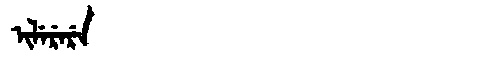
Manchu: ᡳᠯᡝᡵᡝᡵᡝ
Romanization: ILERERE